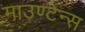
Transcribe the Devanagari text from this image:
माउण्टेन्स